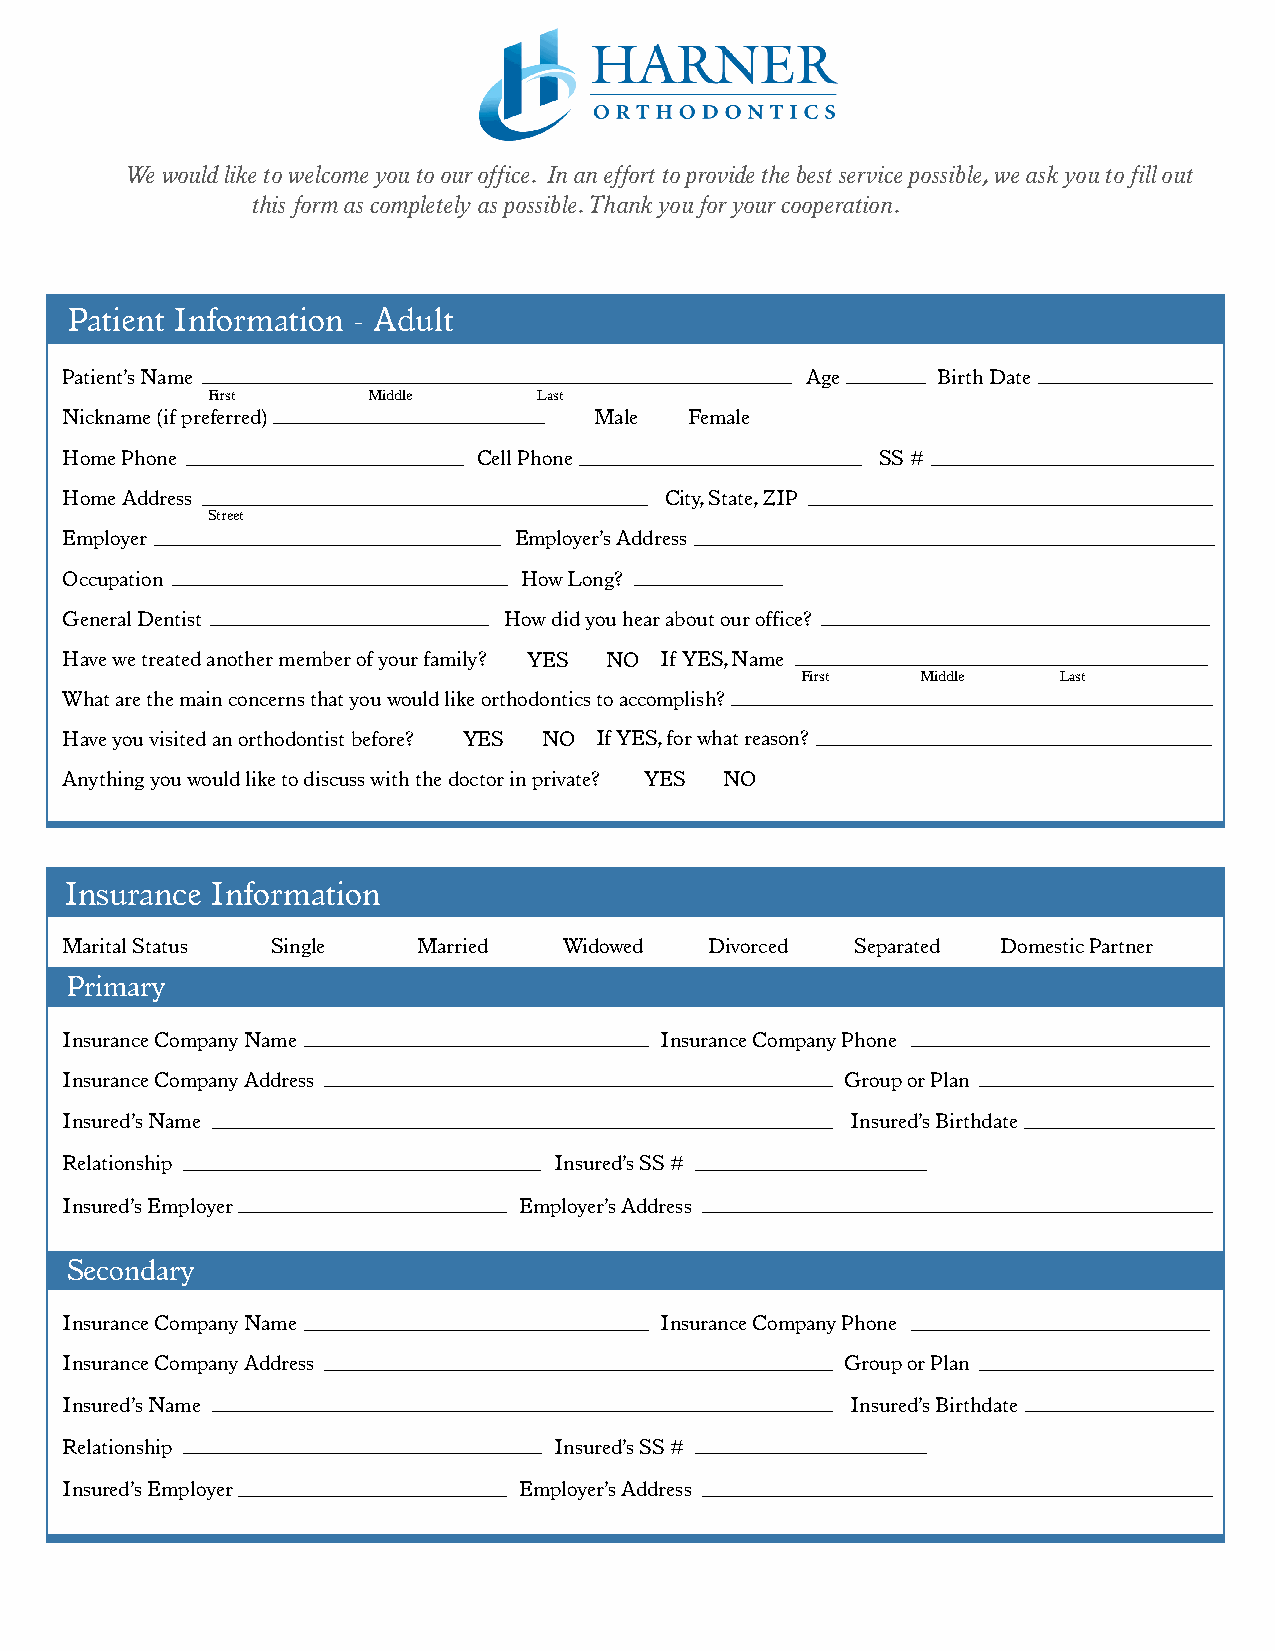
We would like to welcome you to our office. In an effort to provide the best service possible, we ask you to fill out
 this form as completely as possible. Thank you for your cooperation.
 Patient Information - Adult
 Patient’s Name                                   Age      Birth Date
 First     Middle      Last
 Nickname (if preferred)            Male   Female
 Home Phone                  Cell Phone                SS #
 Home Address                            City, State, ZIP
 Street
 Employer                      Employer’s Address
 Occupation                    How Long?
 General Dentist              How did you hear about our office?
 Have we treated another member of your family? YES NO If YES, Name
 First   Middle   Last
 What are the main concerns that you would like orthodontics to accomplish?
 Have you visited an orthodontist before? YES NO If YES, for what reason?
 Anything you would like to discuss with the doctor in private? YES NO
 Insurance Information
 Marital Status Single   Married  Widowed   Divorced  Separated Domestic Partner
 Primary
 Insurance Company Name                  Insurance Company Phone
 Insurance Company Address                           Group or Plan
 Insured’s Name                                      Insured’s Birthdate
 Relationship                     Insured’s SS #
 Insured’s Employer            Employer’s Address
 Secondary
 Insurance Company Name                  Insurance Company Phone
 Insurance Company Address                           Group or Plan
 Insured’s Name                                      Insured’s Birthdate
 Relationship                     Insured’s SS #
 Insured’s Employer            Employer’s Address